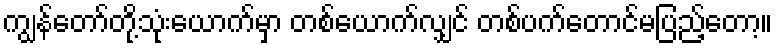
ကျွန်တော်တို့သုံးယောက်မှာ တစ်ယောက်လျှင် တစ်ပက်တောင်မပြည့်တော့။